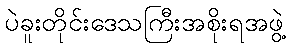
ပဲခူးတိုင်းဒေသကြီးအစိုးရအဖွဲ့